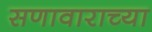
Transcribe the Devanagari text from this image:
सणावाराच्या